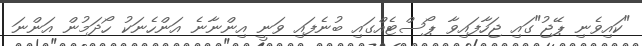
"ކައިވެެނި ޕޭޖު"ގައި ޖަހާފައިވާ ޕޯސްޓެއްގައި ބުނެފައި ވަނީ އިންނާނެ އަންހެެނަކު ހޯދަަމުން އަންނަ